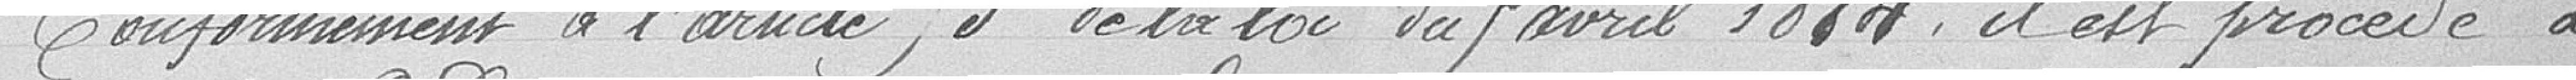
Conformément à l'article 53 de la loi du 9 avril 1884, il est procédé à